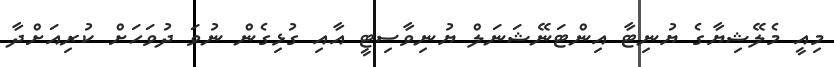
މިއީ މެލޭޝިޔާގެ ޔުނިޓާ އިންޓަނޭޝަނަލް ޔުނިވާސިޓީ އާއި ގުޅިގެން ނުވަ ދުވަހަށް ކުރިއަށްދާ